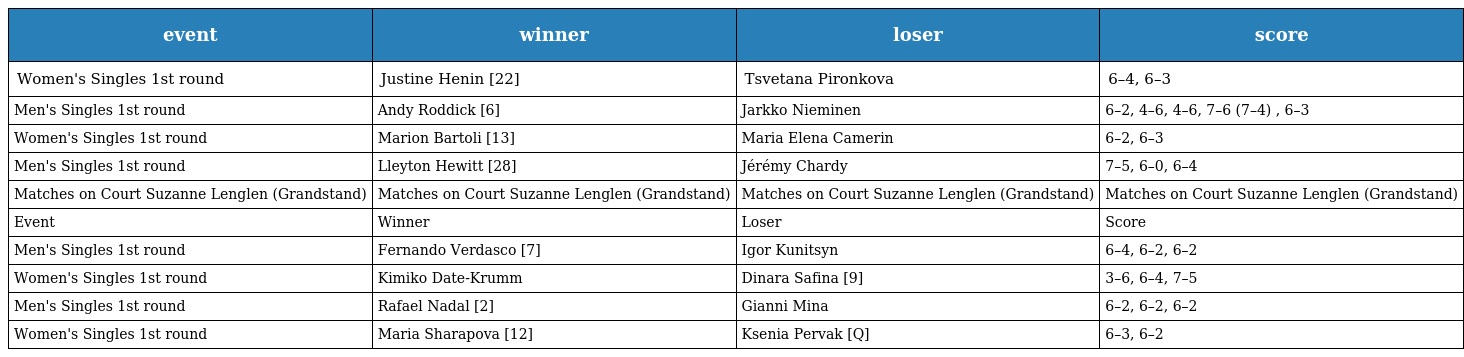
| event | winner | loser | score |
 | --- | --- | --- | --- |
 | Women's Singles 1st round | Justine Henin [22] | Tsvetana Pironkova | 6–4, 6–3 |
 | Men's Singles 1st round | Andy Roddick [6] | Jarkko Nieminen | 6–2, 4–6, 4–6, 7–6 (7–4) , 6–3 |
 | Women's Singles 1st round | Marion Bartoli [13] | Maria Elena Camerin | 6–2, 6–3 |
 | Men's Singles 1st round | Lleyton Hewitt [28] | Jérémy Chardy | 7–5, 6–0, 6–4 |
 | Matches on Court Suzanne Lenglen (Grandstand) | Matches on Court Suzanne Lenglen (Grandstand) | Matches on Court Suzanne Lenglen (Grandstand) | Matches on Court Suzanne Lenglen (Grandstand) |
 | Event | Winner | Loser | Score |
 | Men's Singles 1st round | Fernando Verdasco [7] | Igor Kunitsyn | 6–4, 6–2, 6–2 |
 | Women's Singles 1st round | Kimiko Date-Krumm | Dinara Safina [9] | 3–6, 6–4, 7–5 |
 | Men's Singles 1st round | Rafael Nadal [2] | Gianni Mina | 6–2, 6–2, 6–2 |
 | Women's Singles 1st round | Maria Sharapova [12] | Ksenia Pervak [Q] | 6–3, 6–2 |